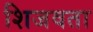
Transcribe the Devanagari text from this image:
शिजवता